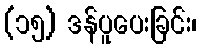
(၁၅) ဒန်ပူပေးခြင်း၊